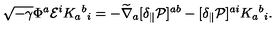
\sqrt { - \gamma } \Phi ^ { a } { \cal E } ^ { i } K _ { a } { } ^ { b } { } _ { i } = - \widetilde \nabla _ { a } [ \delta _ { \parallel } { \cal P } ] ^ { a b } - [ \delta _ { \parallel } { \cal P } ] ^ { a i } K _ { a } { } ^ { b } { } _ { i } .